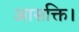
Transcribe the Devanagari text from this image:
आसक्ति।